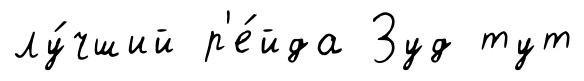
лу́чший р'е́йда Зуд тут